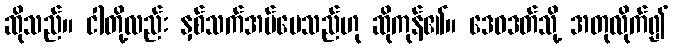
ဆိုသည်။ ငါတို့လည်း နှစ်သက်အပ်ပေသည်ဟု ဆိုကုန်၏။ ဒေဝဒတ်သို့ အတုလိုက်၍